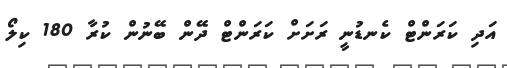
އަދި ކަރަންޓް ކެނޑުނީ ރަށަށް ކަރަންޓް ދޭން ބޭނުން ކުރާ 180 ކިލޯ